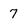
Character: 7